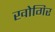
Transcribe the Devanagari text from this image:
खोगिर